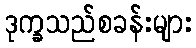
ဒုက္ခသည်စခန်းများ